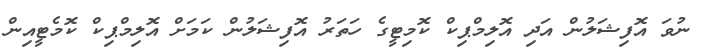
ނުވަ އޮފިޝަލުން އަދި އޮލިމްޕިކް ކޮމިޓީގެ ހަތަރު އޮފިޝަލުން ކަމަށް އޮލިމްޕިކް ކޮމެޓީއިން